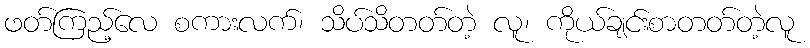
ဖတ်ကြည့်လေ စကားလက်၊ သိပ်သိတတ်တဲ့ လူ၊ ကိုယ်ချင်းစာတတ်တဲ့လူ